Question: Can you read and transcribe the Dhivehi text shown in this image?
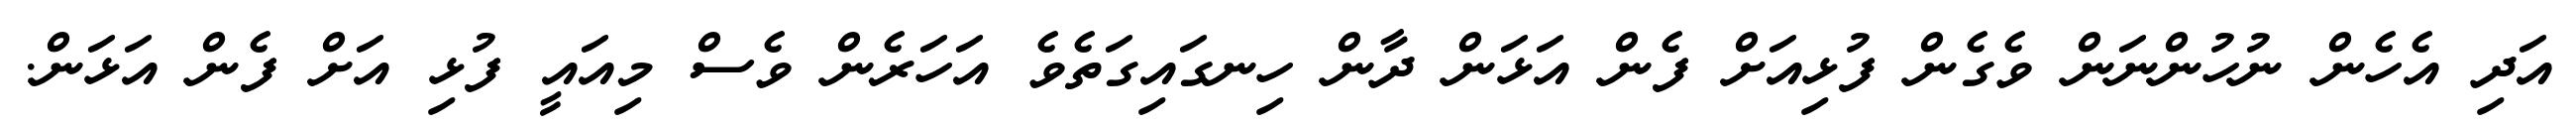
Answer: އަދި އެހެން ނުހުންނަން ވެގެން ފުޅިއަށް ފެން އަޅަން ދާން ހިނގައިގަތެވެ އަހަރެން ވެސް މިއައީ ފުޅި އަށް ފެން އަޅަން.